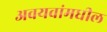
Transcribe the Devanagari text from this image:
अवयवांमधील